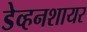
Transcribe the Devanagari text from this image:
डेव्हनशायर